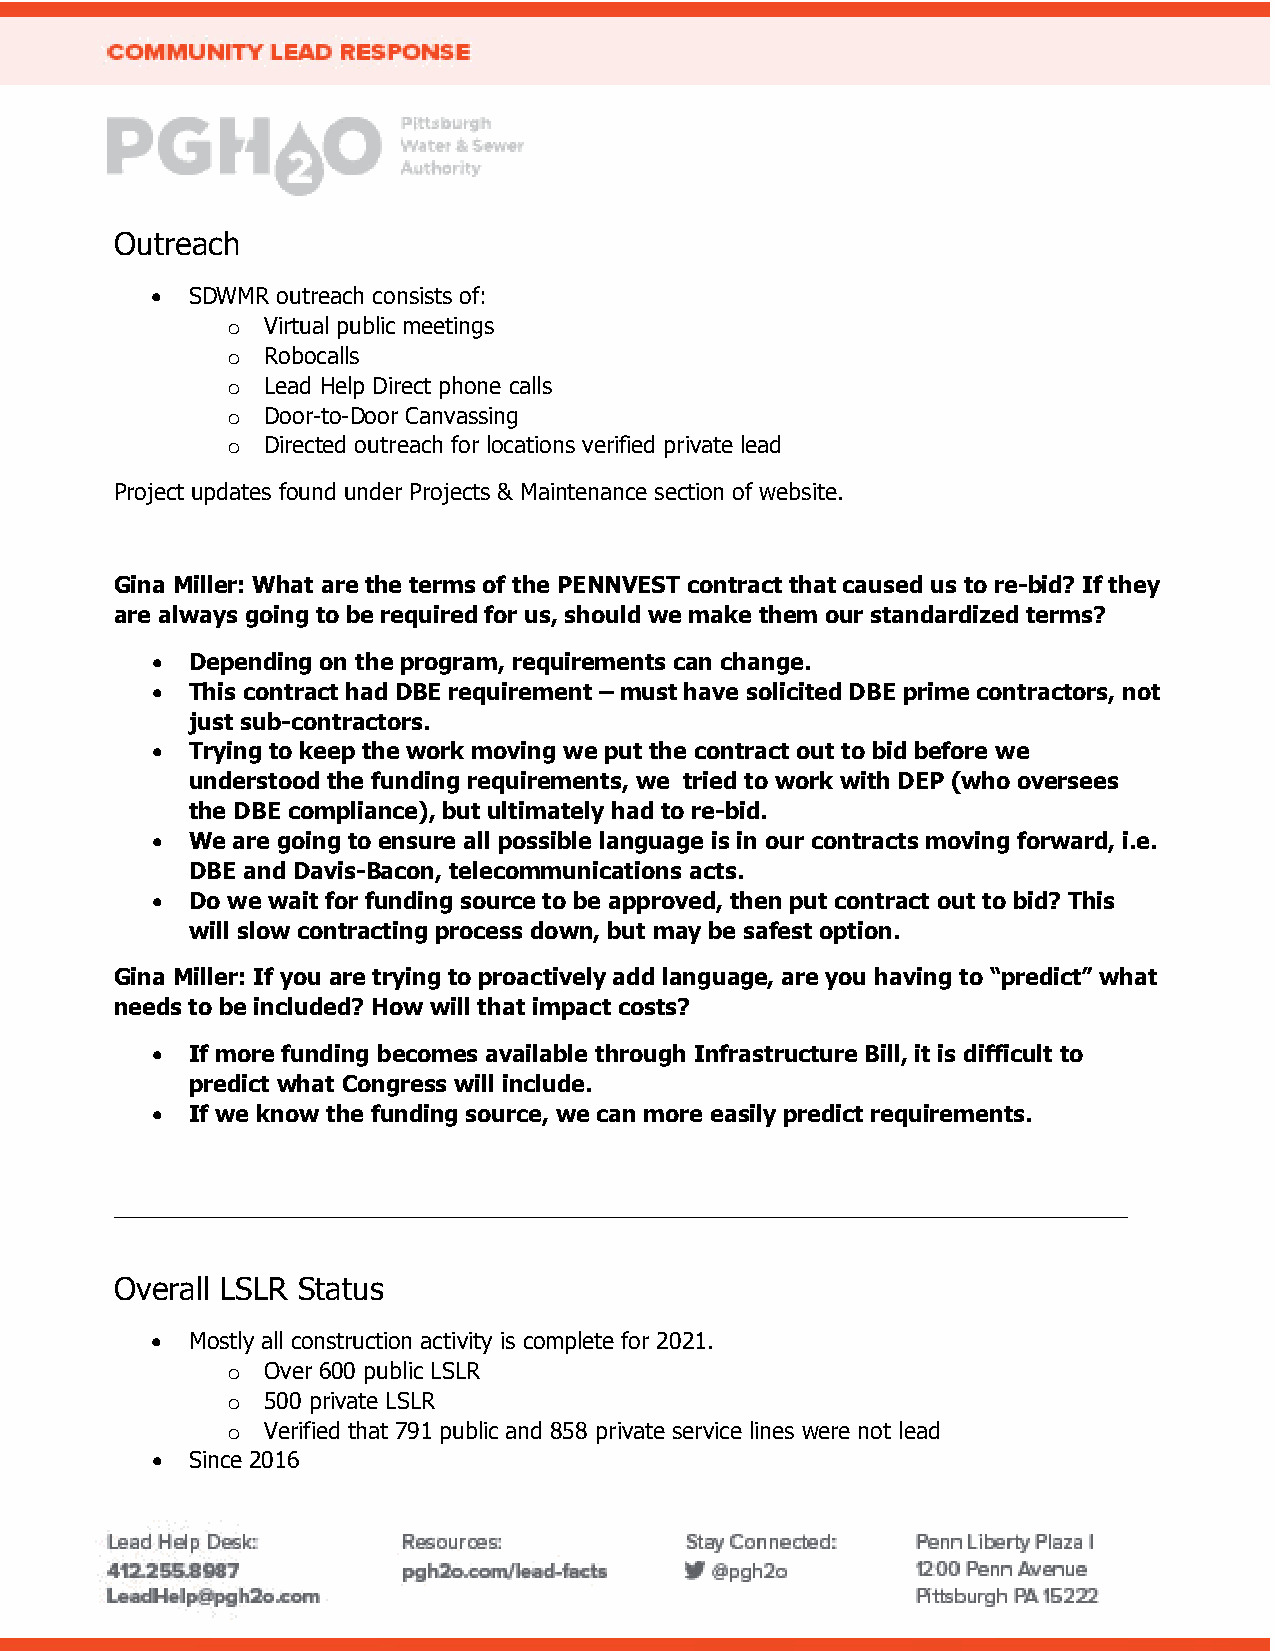
Outreach
 •  SDWMR outreach consists of:
 o Virtual public meetings
 o Robocalls
 o Lead Help Direct phone calls
 o Door-to-Door Canvassing
 o Directed outreach for locations verified private lead
 Project updates found under Projects & Maintenance section of website.
 Gina Miller: What are the terms of the PENNVEST contract that caused us to re-bid? If they
 are always going to be required for us, should we make them our standardized terms?
 •  Depending on the program, requirements can change.
 •  This contract had DBE requirement – must have solicited DBE prime contractors, not
 just sub-contractors.
 •  Trying to keep the work moving we put the contract out to bid before we
 understood the funding requirements, we tried to work with DEP (who oversees
 the DBE compliance), but ultimately had to re-bid.
 •  We are going to ensure all possible language is in our contracts moving forward, i.e.
 DBE and Davis-Bacon, telecommunications acts.
 •  Do we wait for funding source to be approved, then put contract out to bid? This
 will slow contracting process down, but may be safest option.
 Gina Miller: If you are trying to proactively add language, are you having to “predict” what
 needs to be included? How will that impact costs?
 •  If more funding becomes available through Infrastructure Bill, it is difficult to
 predict what Congress will include.
 •  If we know the funding source, we can more easily predict requirements.
 _________________________________________________________________________________
 Overall LSLR Status
 •  Mostly all construction activity is complete for 2021.
 o Over 600 public LSLR
 o 500 private LSLR
 o Verified that 791 public and 858 private service lines were not lead
 •  Since 2016